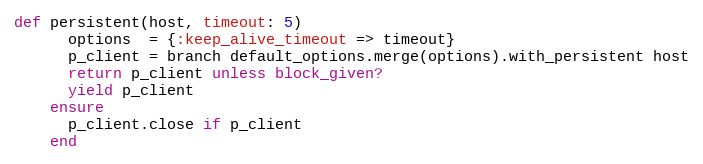
Language: Ruby
def persistent(host, timeout: 5)
      options  = {:keep_alive_timeout => timeout}
      p_client = branch default_options.merge(options).with_persistent host
      return p_client unless block_given?
      yield p_client
    ensure
      p_client.close if p_client
    end